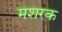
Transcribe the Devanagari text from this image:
मशरक